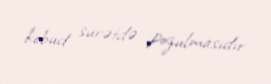
kobud surətdə pozulmasıdır.